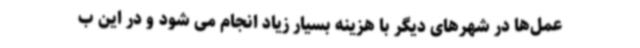
عمل‌ها در شهرهای دیگر با هزینه بسیار زیاد انجام می شود و در این ب